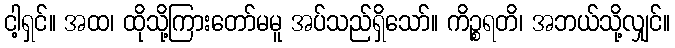
ငါ့ရှင်။ အထ၊ ထိုသို့ကြားတော်မမူ အပ်သည်ရှိသော်။ ကိဉ္စရတိ၊ အဘယ်သို့လျှင်။